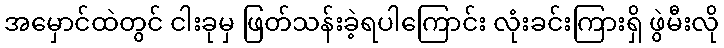
အမှောင်ထဲတွင် ငါးခုမှ ဖြတ်သန်းခဲ့ရပါကြောင်း လုံးခင်းကြားရှိ ဖွဲမီးလို